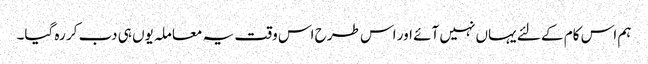
ہم اس کام کے لئے یہاں نہیں آئے اور اس طرح اس وقت یہ معاملہ یوں ہی دب کر رہ گیا۔